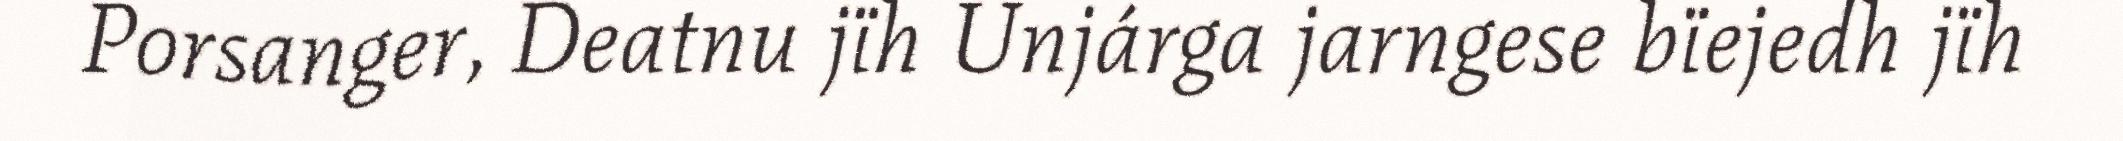
Porsanger, Deatnu jïh Unjárga jarngese bïejedh jïh